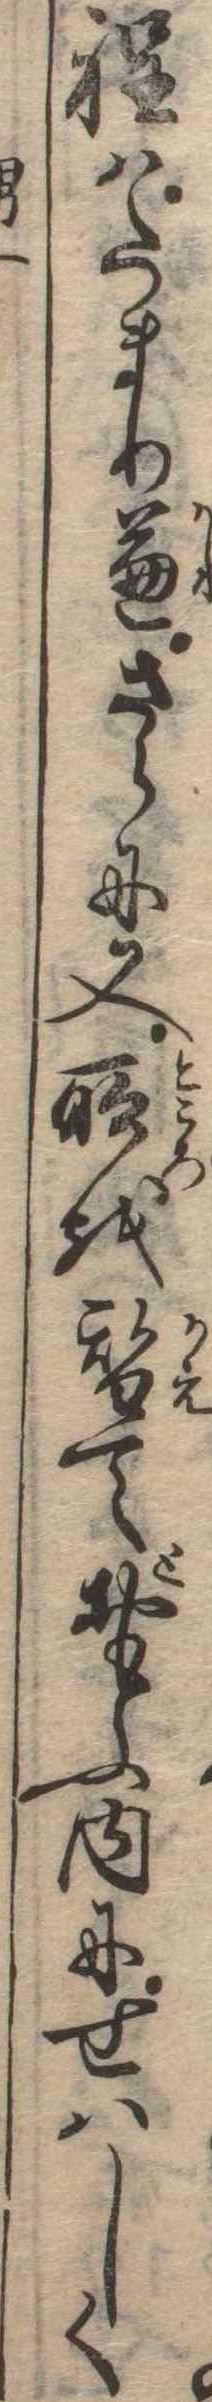
程はたまり兼さらに又所を替てとおもふ内にせはしく